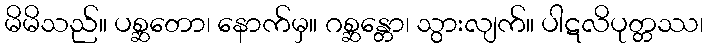
မိမိသည်။ ပစ္ဆတော၊ နောက်မှ။ ဂစ္ဆန္တော၊ သွားလျက်။ ပါဋလိပုတ္တဿ၊